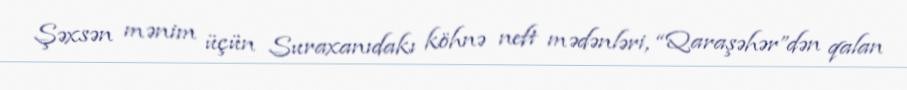
Şəxsən mənim üçün Suraxanıdakı köhnə neft mədənləri, “Qaraşəhər”dən qalan